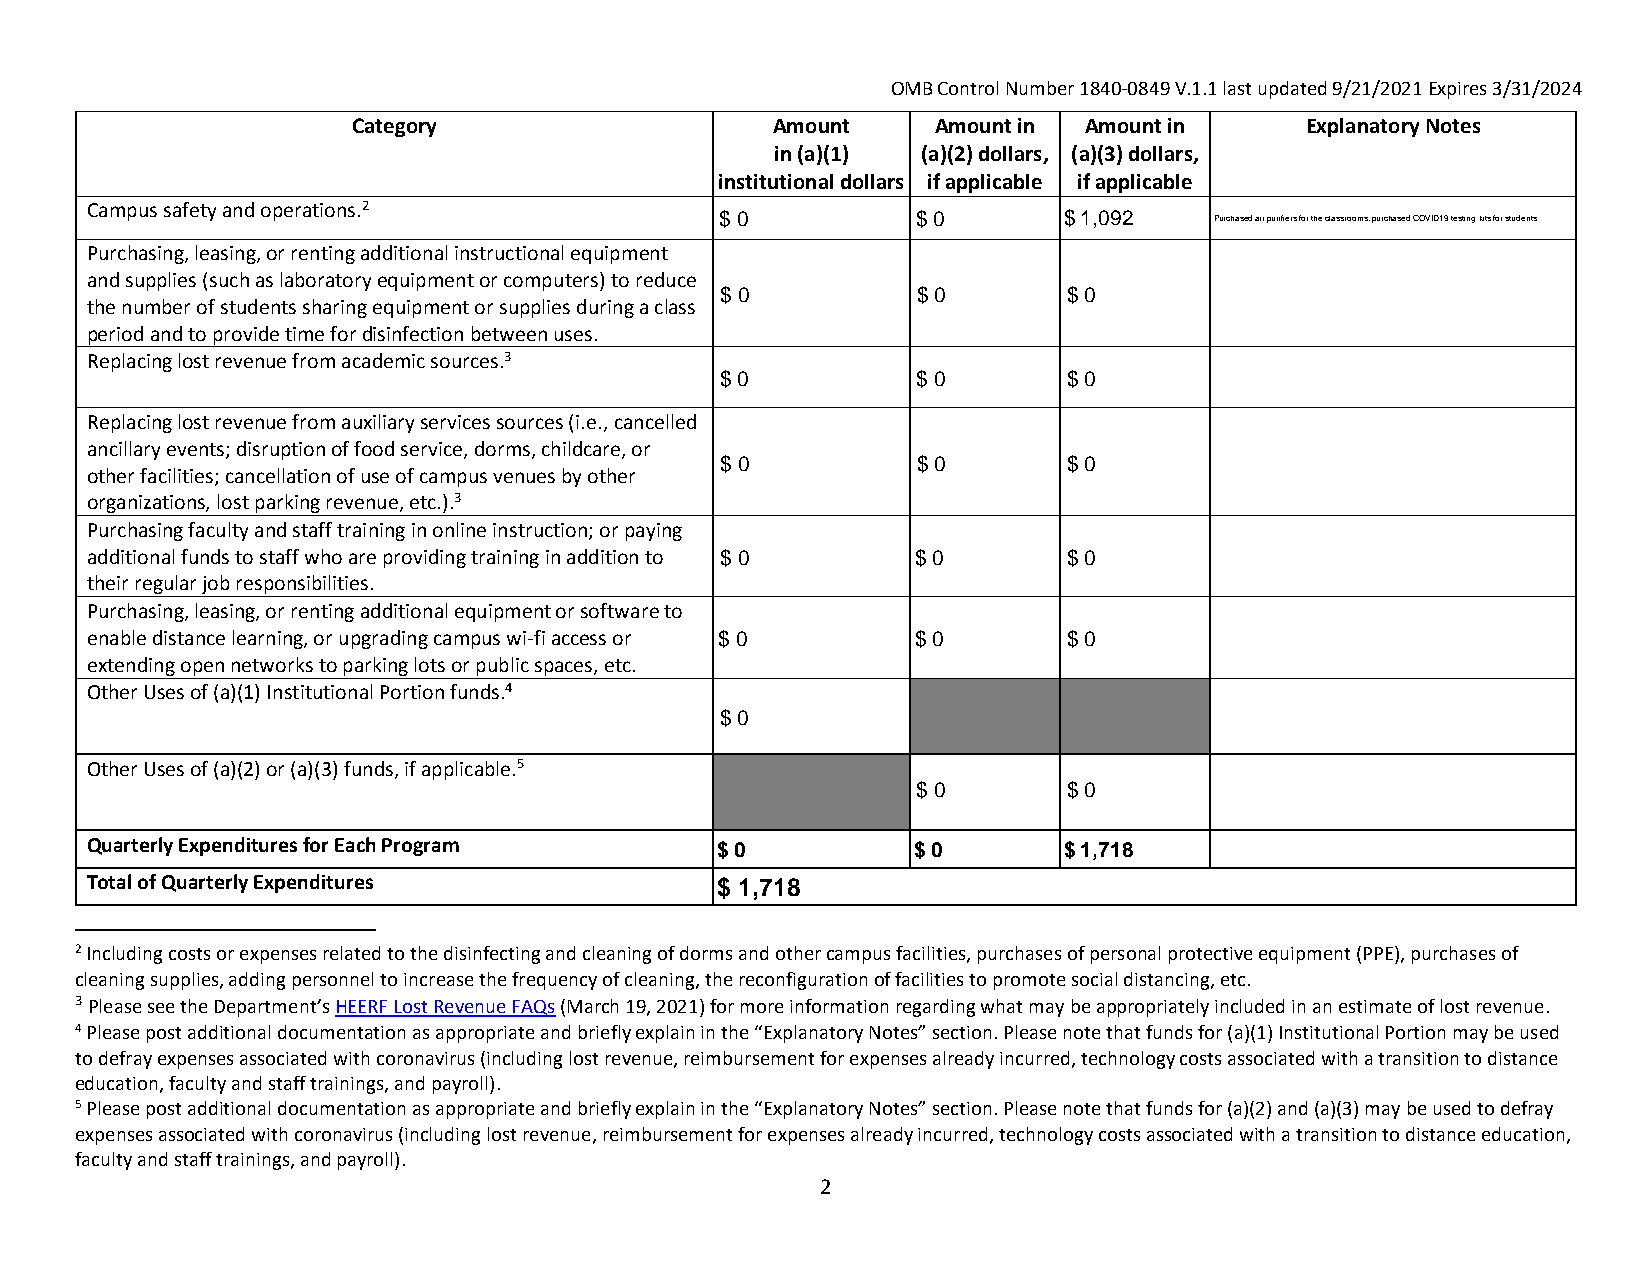
OMB Control Number 1840‐0849 V.1.1 last updated 9/21/2021 Expires 3/31/2024
 Category                    Amount     Amount in Amount in     Explanatory Notes
 in (a)(1) (a)(2) dollars, (a)(3) dollars,
 institutional dollars if applicable if applicable
 Campus safety and operations.2
 $ 0          $ 0      $ 1,092   Purchased air purifiers for the classrooms, purchased COVID19 testing kits for students
 Purchasing, leasing, or renting additional instructional equipment
 and supplies (such as laboratory equipment or computers) to reduce
 $ 0          $ 0       $ 0
 the number of students sharing equipment or supplies during a class
 period and to provide time for disinfection between uses.
 Replacing lost revenue from academic sources.3
 $ 0          $ 0       $ 0
 Replacing lost revenue from auxiliary services sources(i.e.,cancelled
 ancillary events; disruption of food service, dorms, childcare, or
 $ 0          $ 0       $ 0
 other facilities; cancellation of use of campus venues by other
 organizations, lost parking revenue, etc.).3
 Purchasing faculty and staff training in online instruction; or paying
 additional funds to staff who are providing training in addition to $ 0 $ 0 $ 0
 their regular job responsibilities.
 Purchasing, leasing, or renting additional equipment or software to
 enable distance learning, or upgrading campus wi‐fi access or $ 0 $ 0 $ 0
 extending open networks to parking lots or public spaces, etc.
 Other Uses of (a)(1) Institutional Portion funds.4
 $ 0
 Other Uses of (a)(2) or (a)(3) funds, if applicable.5
 $ 0       $ 0
 Quarterly Expenditures for Each Program  $ 0          $ 0       $ 1,718
 Total of Quarterly Expenditures          $ 1,718
 2 Including costs or expenses related to the disinfecting and cleaning of dorms and other campus facilities, purchases of personal protective equipment (PPE), purchases of
 cleaning supplies, adding personnel to increase the frequency of cleaning, the reconfiguration of facilities to promote social distancing, etc.
 3 Please see the Department’s HEERF Lost Revenue FAQs (March 19, 2021) for more information regarding what may be appropriately included in an estimate of lost revenue.
 4 Please post additional documentation as appropriate and briefly explain in the “Explanatory Notes” section. Please note that funds for (a)(1) Institutional Portion may be used
 to defray expenses associated with coronavirus (including lost revenue, reimbursement for expenses already incurred, technology costs associated with a transition to distance
 education, faculty and staff trainings, and payroll).
 5 Please post additional documentation as appropriate and briefly explain in the “Explanatory Notes” section. Please note that funds for (a)(2) and (a)(3) may be used to defray
 expenses associated with coronavirus (including lost revenue, reimbursement for expenses already incurred, technology costs associated with a transition to distance education,
 faculty and staff trainings, and payroll).
 2